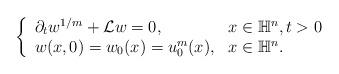
LaTeX: \begin{align*} \left\{ \begin{array}{ll} \partial_t w^{1/m}+ \mathcal{L}w = 0, & x\in \mathbb{H}^n, t>0 \\ w(x,0) = w_0(x) = u_0^m(x), & x \in \mathbb{H}^n. \end{array} \right.\end{align*}